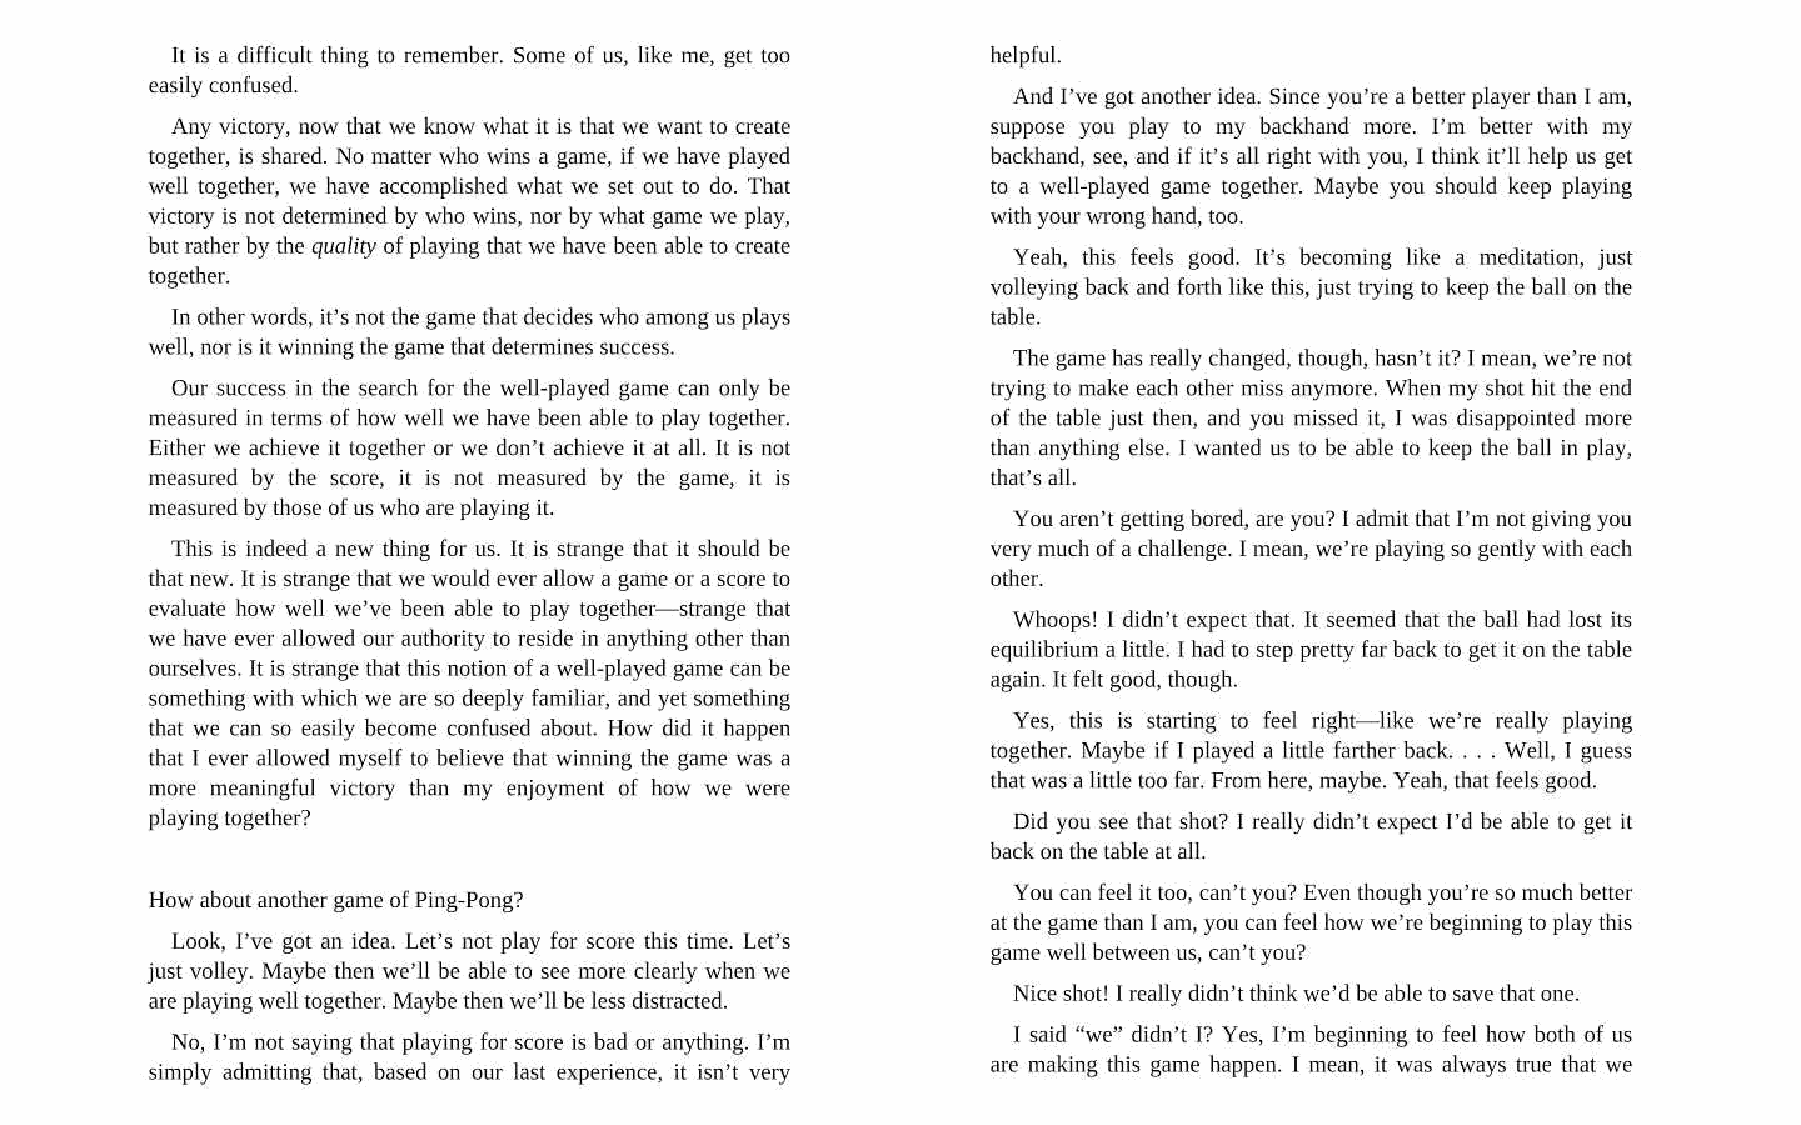
helpful.
 It is a difficult thing to remember. Some of us, like me, get too
 easily confused.
 And I’ve got another idea. Since you’re a better player than I am,
 Any victory, now that we know what it is that we want to create suppose you play to my backhand more. I’m better with my
 together, is shared. No matter who wins a game, if we have played backhand, see, and if it’s all right with you, I think it'll help us get
 well together, we have accomplished what we set out to do. That to a well-played game together. Maybe you should keep playing
 victory is not determined by who wins, nor by what game we play, with your wrong hand, too
 but rather by the quality of playing that we have been able to create
 Yeah, this feels good. It’s becoming like a meditation, just
 together.                                               volleying back and forth like this, just trying to keep the ball on the
 In other words, it’s not the game that decides who among us plays table.
 well, nor is it winning the game that determines success.
 The game has really changed, though, hasn’t it? I mean, we’re not
 Our success in the search for the well-played game can only be
 trying to make each other miss anymore. When my shot hit the end
 measured in terms of how well we have been able to play together.
 of the table just then, and you missed it, I was disappointed more
 Either we achieve it together or we don’t achieve it at all. It is not than anything else. I wanted us to be able to keep the ball in play,
 measured by the score, it is not measured by the game, it is that’s all.
 measured by those of us who are playing it.
 You aren’t getting bored, are you? I admit that I’m not giving you
 This is indeed a new thing for us. It is strange that it should be very much of a challenge. I mean, we’re playing so gently with each
 that new. It is strange that we would ever allow a game ora score to other.
 evaluate how well we’ve been able to play together—strange that
 Whoops! I didn’t expect that. It seemed that the ball had lost its
 we have ever allowed our authority to reside in anything other than
 equilibrium a little. I had to step pretty far back to get it on the table
 ourselves. It is strange that this notion of a well-played game can be
 again. It felt good, though.
 something with which we are so deeply familiar, and yet something
 Yes, this is starting to feel right—like we’re really playing
 that we can so easily become confused about. How did it happen
 together. Maybe if I played a little farther back. . . . Well, I guess
 that I ever allowed myself to believe that winning the game was a
 that was a little too far. From here, maybe. Yeah, that feels good.
 more meaningful victory than my enjoyment of how we were
 playing together?                                        Did you see that shot? I really didn’t expect I’d be able to get it
 back on the table at all.
 How about another game of Ping-Pong?                     You can feel it too, can’t you? Even though you’re so much better
 at the game than I am, you can feel how we’re beginning to play this
 Look, I’ve got an idea. Let’s not play for score this time. Let’s
 game well between us, can’t you?
 just volley. Maybe then we'll be able to see more clearly when we
 are playing well together. Maybe then we'll be less distracted. Nice shot! I really didn’t think we’d be able to save that one.
 I said “we didn’t I? Yes, I’m beginning to feel how both of us
 No, I’m not saying that playing for score is bad or anything. I’m
 are making this game happen. I mean, it was always true that we
 simply admitting that, based on our last experience, it isn’t very